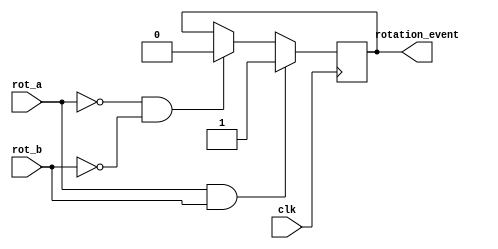
`timescale 1ns / 1ps
//////////////////////////////////////////////////////////////////////////////////
// Company: 
// Engineer: 
// 
// Design Name: 
// Module Name:    rotatory_shaft 
// Project Name: 
// Target Devices: 
// Tool versions: 
// Description: 
//
// Dependencies: 
//
// Revision: 
// Revision 0.01 - File Created
// Additional Comments: 
//
//////////////////////////////////////////////////////////////////////////////////
module rotatory_shaft(clk, rot_a, rot_b, rotation_event);

	input clk, rot_a, rot_b;
	output rotation_event;
	reg rotation_event;
	
	always @ (posedge clk) begin
		if ((rot_a == 1) && (rot_b == 1)) begin
			rotation_event <= 1;
		end
		else if ((rot_a == 0) && (rot_b == 0)) begin
			rotation_event <= 0;
		end
	end

endmodule